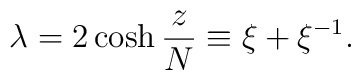
\lambda = 2\cosh {z\over N} \equiv \xi + \xi ^{-1}.